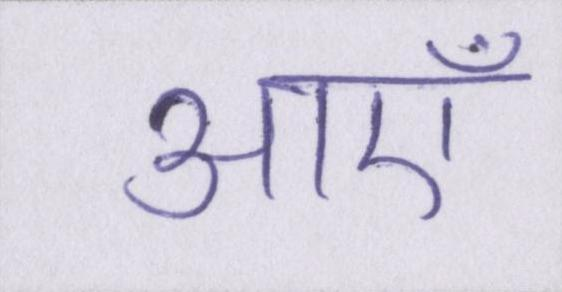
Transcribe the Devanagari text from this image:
आएँ